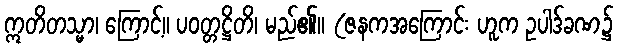
ဣတိတသ္မာ၊ ကြောင့်။ ပဝတ္တဋ္ဌိတိ၊ မည်၏။ (ဇနကအကြောင်း ဟူက ဥပါဒ်ခဏ၌